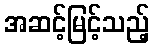
အဆင့်မြင့်သည့်